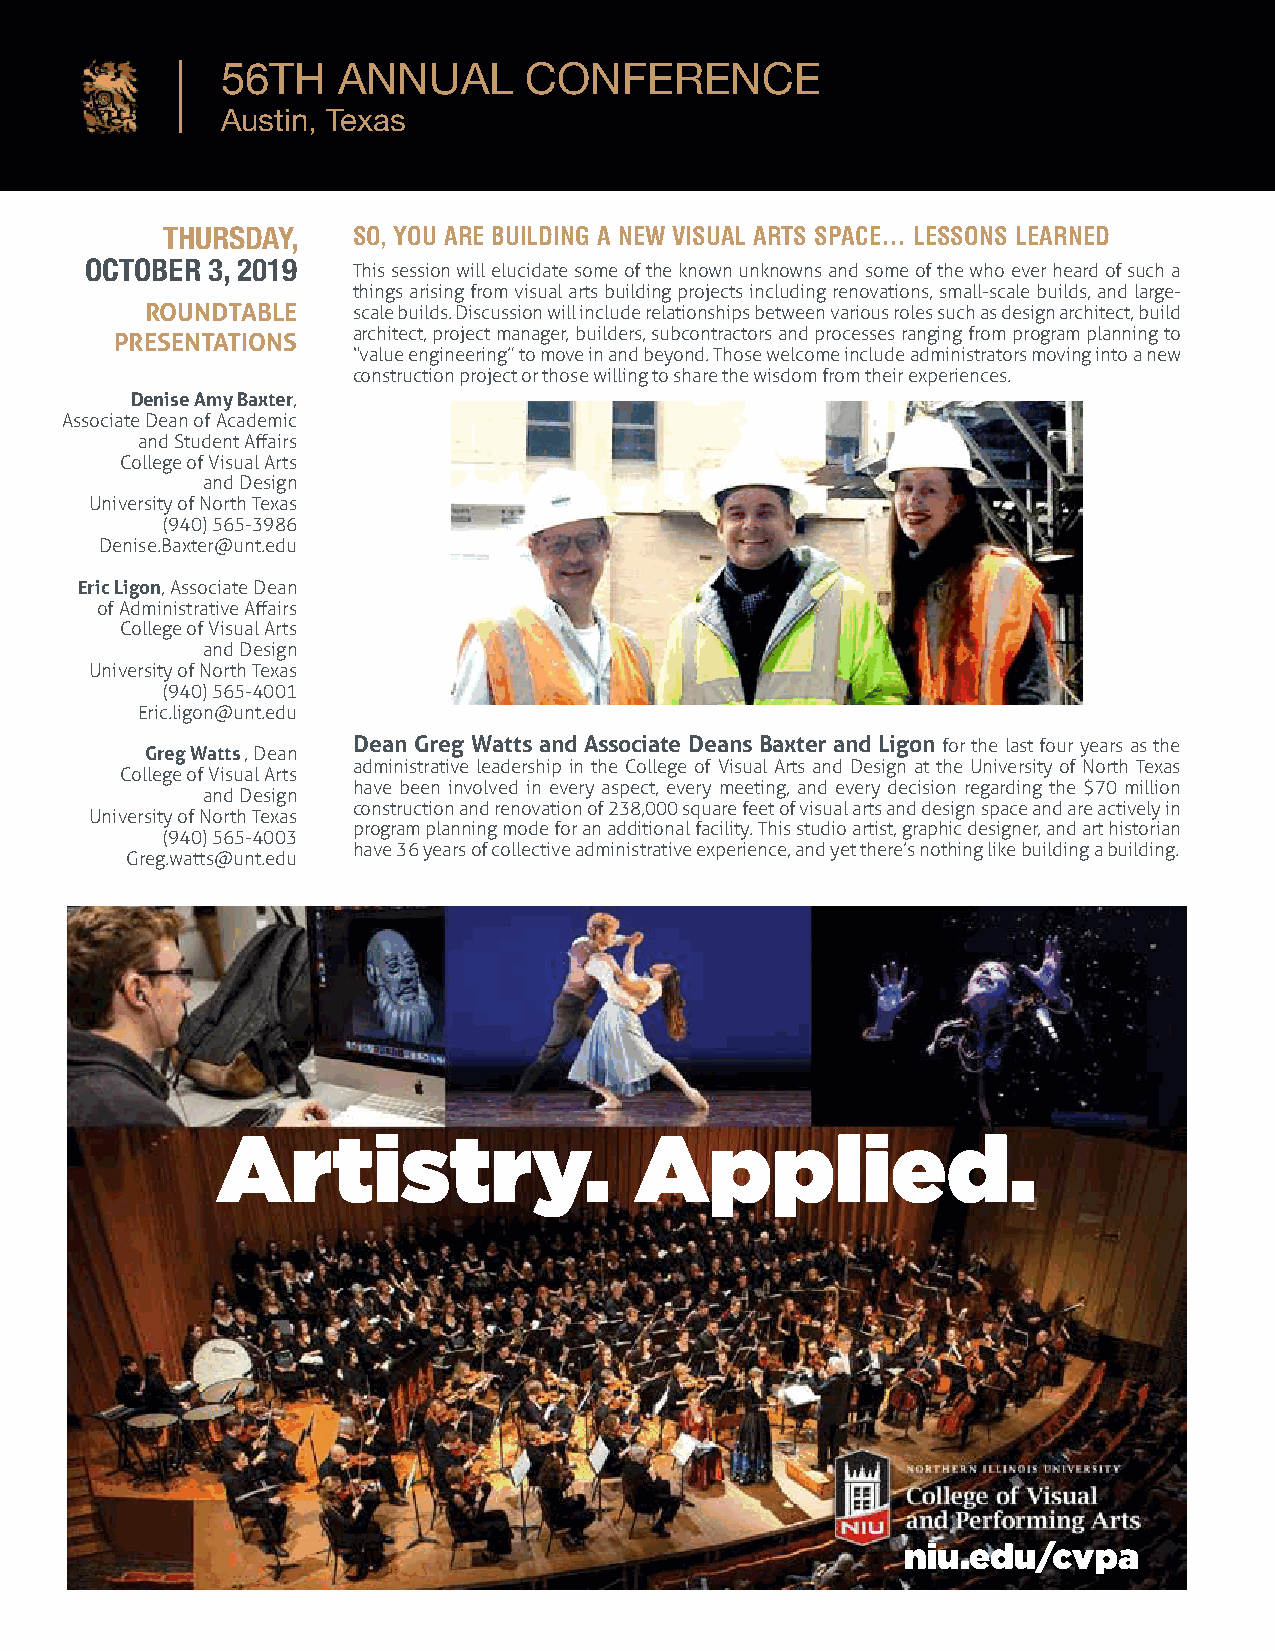
56TH   ANNUAL       CONFERENCE
 Austin, Texas
 THURSDAY,   SO, YOU ARE BUILDING A NEW VISUAL ARTS SPACE… LESSONS LEARNED
 OCTOBER 3, 2019
 This session will elucidate some of the known unknowns and some of the who ever heard of such a
 things arising from visual arts building projects including renovations, small-scale builds, and large-
 ROUNDTABLE   scale builds. Discussion will include relationships between various roles such as design architect, build
 architect, project manager, builders, subcontractors and processes ranging from program planning to
 PRESENTATIONS
 “value engineering” to move in and beyond. Those welcome include administrators moving into a new
 construction project or those willing to share the wisdom from their experiences.
 Denise Amy Baxter,
 Associate Dean of Academic
 and Student Affairs
 College of Visual Arts
 and Design
 University of North Texas
 (940) 565-3986
 Denise.Baxter@unt.edu
 Eric Ligon, Associate Dean
 of Administrative Affairs
 College of Visual Arts
 and Design
 University of North Texas
 (940) 565-4001
 Eric.ligon@unt.edu
 Dean Greg Watts and Associate Deans Baxter and Ligon for the last four years as the
 Greg Watts , Dean
 administrative leadership in the College of Visual Arts and Design at the University of North Texas
 College of Visual Arts
 have been involved in every aspect, every meeting, and every decision regarding the $70 million
 and Design
 construction and renovation of 238,000 square feet of visual arts and design space and are actively in
 University of North Texas
 program planning mode for an additional facility. This studio artist, graphic designer, and art historian
 (940) 565-4003
 have 36 years of collective administrative experience, and yet there’s nothing like building a building.
 Greg.watts@unt.edu
 Artistry.                   Applied.
 niu.edu/cvpa